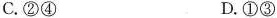
C.②④ D.①③